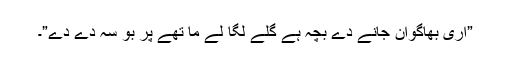
”اری بھاگوان جانے دے بچہ ہے گلے لگا لے ما تھے پر بو سہ دے دے”۔